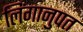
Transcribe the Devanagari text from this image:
लिंगानुपत